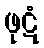
ဖုဋံ